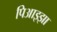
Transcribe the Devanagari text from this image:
पिआझ्झा